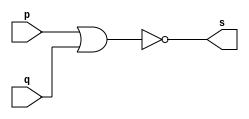
// --------------------- 
// Exemplo0007 - nor 
// Nome: Patrick Flvio Teixeira Coura 
// --------------------- 
 
// --------------------- 
// -- nor gate 
// --------------------- 
 
module norgate (output s, input p, input q); 
 assign s = ~(p|q); 
endmodule // nor 
 
// --------------------- 
// -- test norgate 
// --------------------- 
module testnorgate; 
// ------------------------- dados locais 
   reg  a,b; // definir registrador 
   wire s;    // definir conexao (fio) 
// ------------------------- instancia 
   norgate NOR1 (s, a, b); 
 
// ------------------------- preparacao 
   initial begin:start 
      a=0;   
      b=0;   
    end 
 
// ------------------------- parte principal 
   initial begin:main 
      $display("Exemplo0007 - Patrick Flvio Teixeira Coura - 427450"); 
      $display("Test nor gate"); 
		$display("a ~| b = s\n");
      $monitor("%b ~| %b = %b", a ,b, s); 
  #1  a=0; b=0;    
  #1  a=0; b=1; 
  #1  a=1; b=0; 
  #1  a=1; b=1; 
 end 
 
endmodule // testnorgate